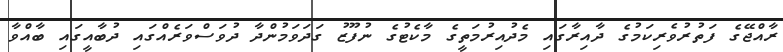
ރާއްޖޭގެ ފަތުރުވެރިކަމުގެ ދާއިރާގައި މެދުއިރުމަތީގެ މާކެޓުގެ ނުފޫޒު ގަދަވަމުންދާ ދުވަސްވަރެއްގައި ދުބާއީގައި ބާއްވާ